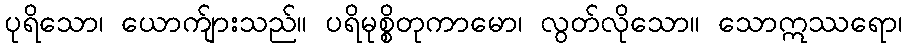
ပုရိသော၊ ယောက်ျားသည်။ ပရိမုစ္စိတုကာမော၊ လွတ်လိုသော။ သောဣဿရော၊